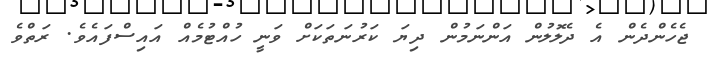
ޖެހެންދެން އެ ދެލޮލުން އަންނަމުން ދިޔަ ކަރުނަތަކަށް ވަނީ ހުއްޓުމެއް އައިސްފައެވެ. ރަތްވެ